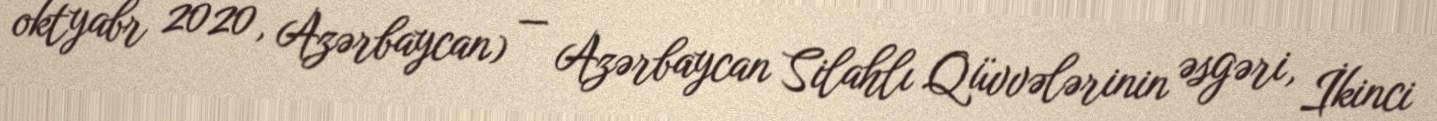
oktyabr 2020, Azərbaycan) — Azərbaycan Silahlı Qüvvələrinin əsgəri, İkinci